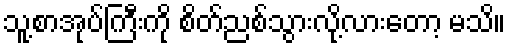
သူ့စာအုပ်ကြီးကို စိတ်ညစ်သွားလို့လားတော့ မသိ။